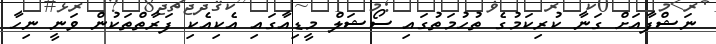
ނަޝްފާއަށް ގަނާ ކުރިކަމުގެ ތުހުމަތުގައި ސޯޝަލް މީޑިއާގައި އެކިއެކި ފަރާތްތަކުން ވަނީ ނިހާ